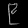
Digit: ၉